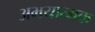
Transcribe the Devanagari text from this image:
अभयात्मक